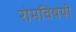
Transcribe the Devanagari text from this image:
रोमविषयी